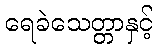
ရေခဲသေတ္တာနှင့်